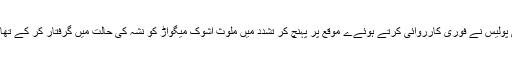
اطلاع ملنے پر بدین سٹی پولیس نے فوری کارروائی کرتے ہوئےے موقع پر پہنچ کر تشدد میں ملوث اشوک میگواڑ کو نشہ کی حالت میں گرفتار کر کے تھانے میں لاک اپ کر دیا ۔